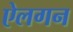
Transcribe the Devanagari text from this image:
ऐलगन